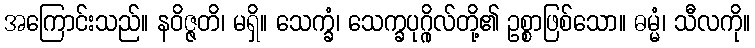
အကြောင်းသည်။ နဝိဇ္ဇတိ၊ မရှိ။ သေက္ခံ၊ သေက္ခပုဂ္ဂိုလ်တို့၏ ဥစ္စာဖြစ်သော။ ဓမ္မံ၊ သီလကို။